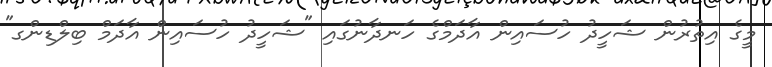
މީގެ އިތުރުން ޝަހީދު ހުސައިން އާދަމްގެ ހަނދާނުގައި "ޝަހީދު ހުސައިން އާދަމް ބިލްޑިންގ"